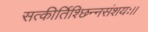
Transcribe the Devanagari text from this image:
सत्कीर्तिश्छिन्नसंशयः।।